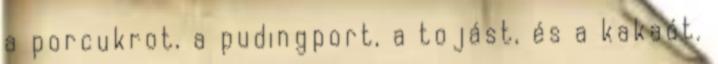
a porcukrot, a pudingport, a tojást, és a kakaót.